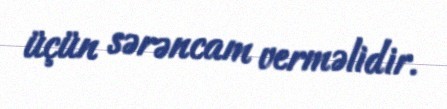
üçün sərəncam verməlidir.